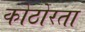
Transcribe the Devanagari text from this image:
कोठोरता